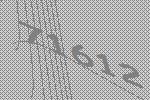
71612